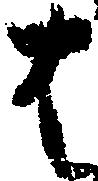
は